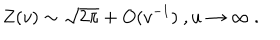
Z ( v ) \sim \sqrt { 2 \pi } + O ( v ^ { - 1 } ) \ , u \rightarrow \infty \ .